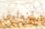
تجعلينى